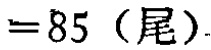
$=85 \text{（尾）}$